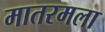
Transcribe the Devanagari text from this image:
मातरमला